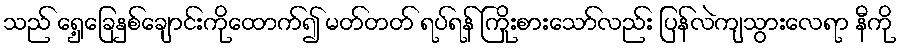
သည် ရှေ့ခြေနှစ်ချောင်းကိုထောက်၍ မတ်တတ် ရပ်ရန် ကြိုးစားသော်လည်း ပြန်လဲကျသွားလေရာ နီကို